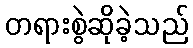
တရားစွဲဆိုခဲ့သည်